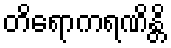
တိရောကရဏိန္တိ